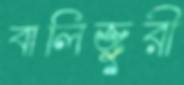
বালিজুরী